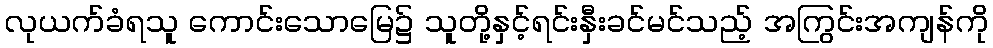
လုယက်ခံရသူ ကောင်းသောမြေ၌ သူတို့နှင့်ရင်းနှီးခင်မင်သည့် အကြွင်းအကျန်ကို